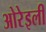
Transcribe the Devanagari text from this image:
ओरेइली